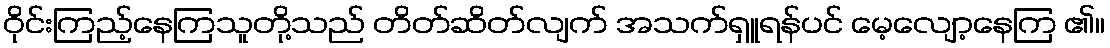
ဝိုင်းကြည့်နေကြသူတို့သည် တိတ်ဆိတ်လျက် အသက်ရှူရန်ပင် မေ့လျော့နေကြ ၏။